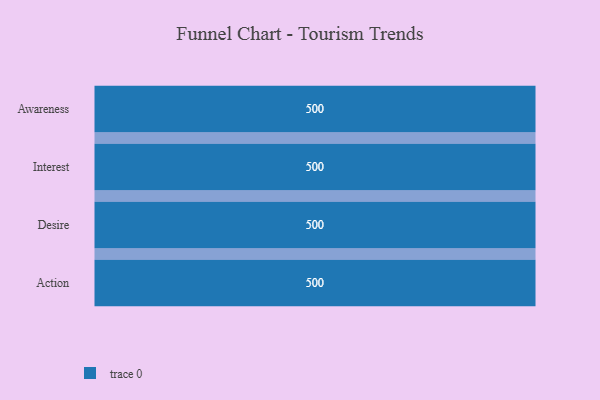
{"axis": {"x": "Stage", "y": "Value"}, "legend": [""], "data": [{"x": "Awareness", "y": 500, "type": ""}, {"x": "Interest", "y": 500, "type": ""}, {"x": "Desire", "y": 500, "type": ""}, {"x": "Action", "y": 500, "type": ""}]}